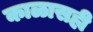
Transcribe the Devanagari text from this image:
काळासही